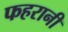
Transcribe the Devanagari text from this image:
फहरानी